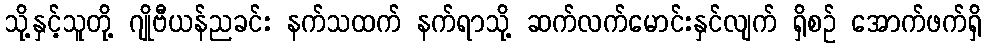
သို့နှင့်သူတို့ ဂျိုဗီယန်ညခင်း နက်သထက် နက်ရာသို့ ဆက်လက်မောင်းနှင်လျက် ရှိစဉ် အောက်ဖက်ရှိ